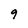
Character: 9